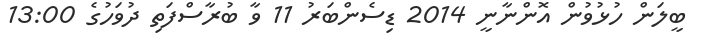
ބީލަން ހުޅުވުން އޮންނާނީ 2014 ޑިސެންބަރު 11 ވާ ބުރާސްފަތި ދުވަހުގެ 13:00